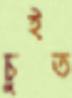
চুইত